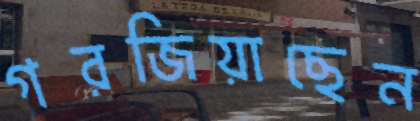
গরজিয়াছেন